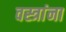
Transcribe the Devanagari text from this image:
वस्त्रांना